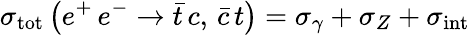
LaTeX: \sigma_{\mathrm{tot}}\left(e^{+}\, e^{-}\rightarrow\bar{t}\, c,\, \bar{c}\, t\right)=\sigma_{\gamma}+\sigma_{Z}+\sigma_{\mathrm{int}}